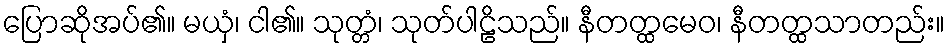
ပြောဆိုအပ်၏။ မယှံ၊ ငါ၏။ သုတ္တံ၊ သုတ်ပါဠိသည်။ နီတတ္ထမေဝ၊ နီတတ္ထသာတည်း။